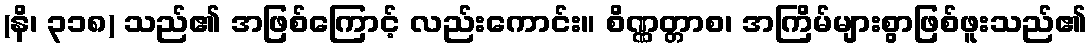
(နိ၊ ၃၁၈) သည်၏ အဖြစ်ကြောင့် လည်းကောင်း။ စိဏ္ဏတ္တာစ၊ အကြိမ်များစွာဖြစ်ဖူးသည်၏